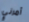
أمرني